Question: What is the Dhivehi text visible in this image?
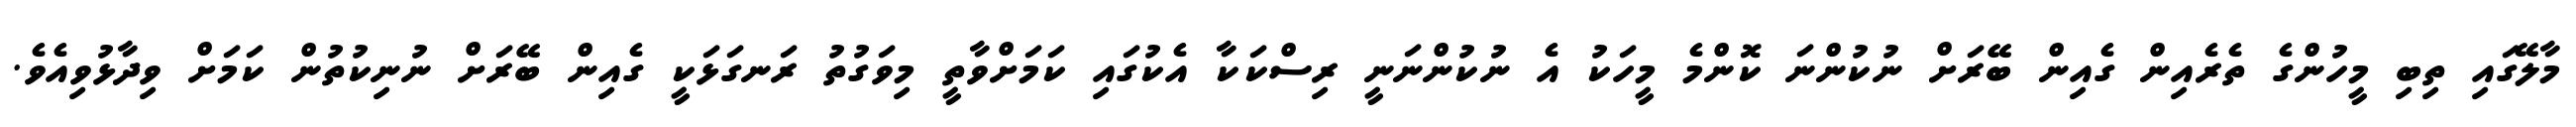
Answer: މާލޭގައި ތިބި މީހުންގެ ތެރެއިން ގެއިން ބޭރަށް ނުކުންނަ ކޮންމެ މީހަކު އެ ނުކުންނަނީ ރިސްކަކާ އެކުގައި ކަމަށްވާތީ މިވަގުތު ރަނގަޅަކީ ގެއިން ބޭރަށް ނުނިކުތުން ކަމަށް ވިދާޅުވިއެވެ.